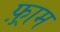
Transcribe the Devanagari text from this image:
फ़्राम